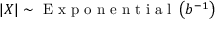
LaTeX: \left| X \right| \sim { \textrm { E x p o n e n t i a l } } \left( b ^ { - 1 } \right)